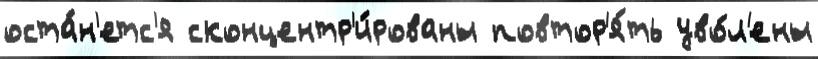
оста́н'етс'я сконцентр'и́рованы повтор'я́ть уво́л'ены